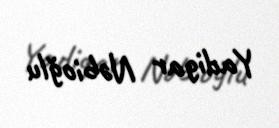
Yadigar Nəbioğlu